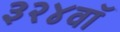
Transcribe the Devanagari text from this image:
३२४वॉ